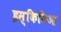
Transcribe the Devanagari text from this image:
इस्किमिआ